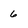
Character: 6